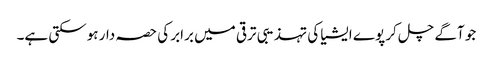
جو آگے چل کر پوے ایشیا کی تہذیبی ترقی میں برابر کی حصہ دار ہوسکتی ہے۔